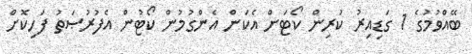
ބޭއްވުމުގެ 1 ގަޑިއިރު ކުރިން ކޯޓަށް އެކަން އެންގުމުން ކޯޓުން އެފުރުޞަތު ފަހިކޮށް